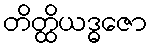
တိတ္ထိယဒ္ဓဇော